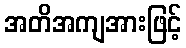
အတိအကျအားဖြင့်